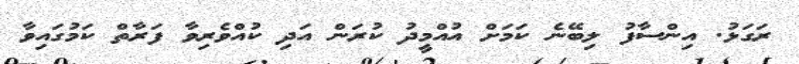
ރަގަޅު. އިންސާފު ލިބޭނެ ކަމަށް އުއްމީދު ކުރަން އަދި ކުއްވެރިވާ ފަރާތް ކަމުގައިވާ